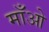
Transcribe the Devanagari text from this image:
माँओ